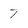
Character: 7